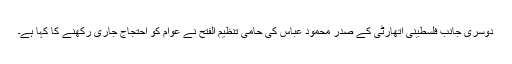
دوسری جانب فلسطینی اتھارٹی کے صدر محمود عباس کی حامی تنظیم الفتح نے عوام کو احتجاج جاری رکھنے کا کہا ہے۔